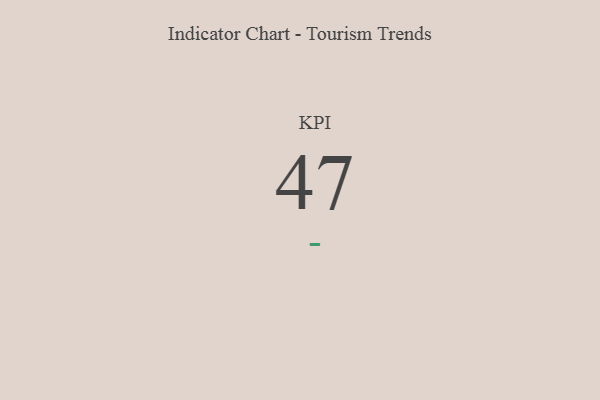
{"axis": {"x": "KPI", "y": "Value"}, "legend": [""], "data": [{"x": "KPI", "y": 47, "type": ""}]}